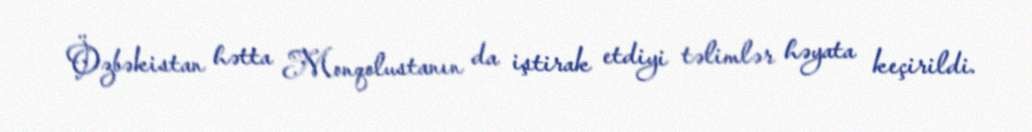
Özbəkistan hətta Monqolustanın da iştirak etdiyi təlimlər həyata keçirildi.